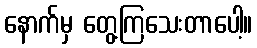
နောက်မှ တွေ့ကြသေးတာပေါ့။